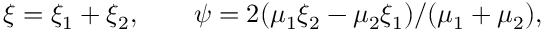
\xi = \xi _ { 1 } + \xi _ { 2 } , \qquad \psi = 2 ( \mu _ { 1 } \xi _ { 2 } - \mu _ { 2 } \xi _ { 1 } ) / ( \mu _ { 1 } + \mu _ { 2 } ) ,